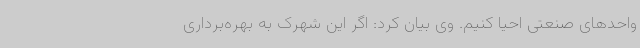
واحدهای صنعتی احیا کنیم. وی بیان کرد: اگر این شهرک به بهره‌برداری